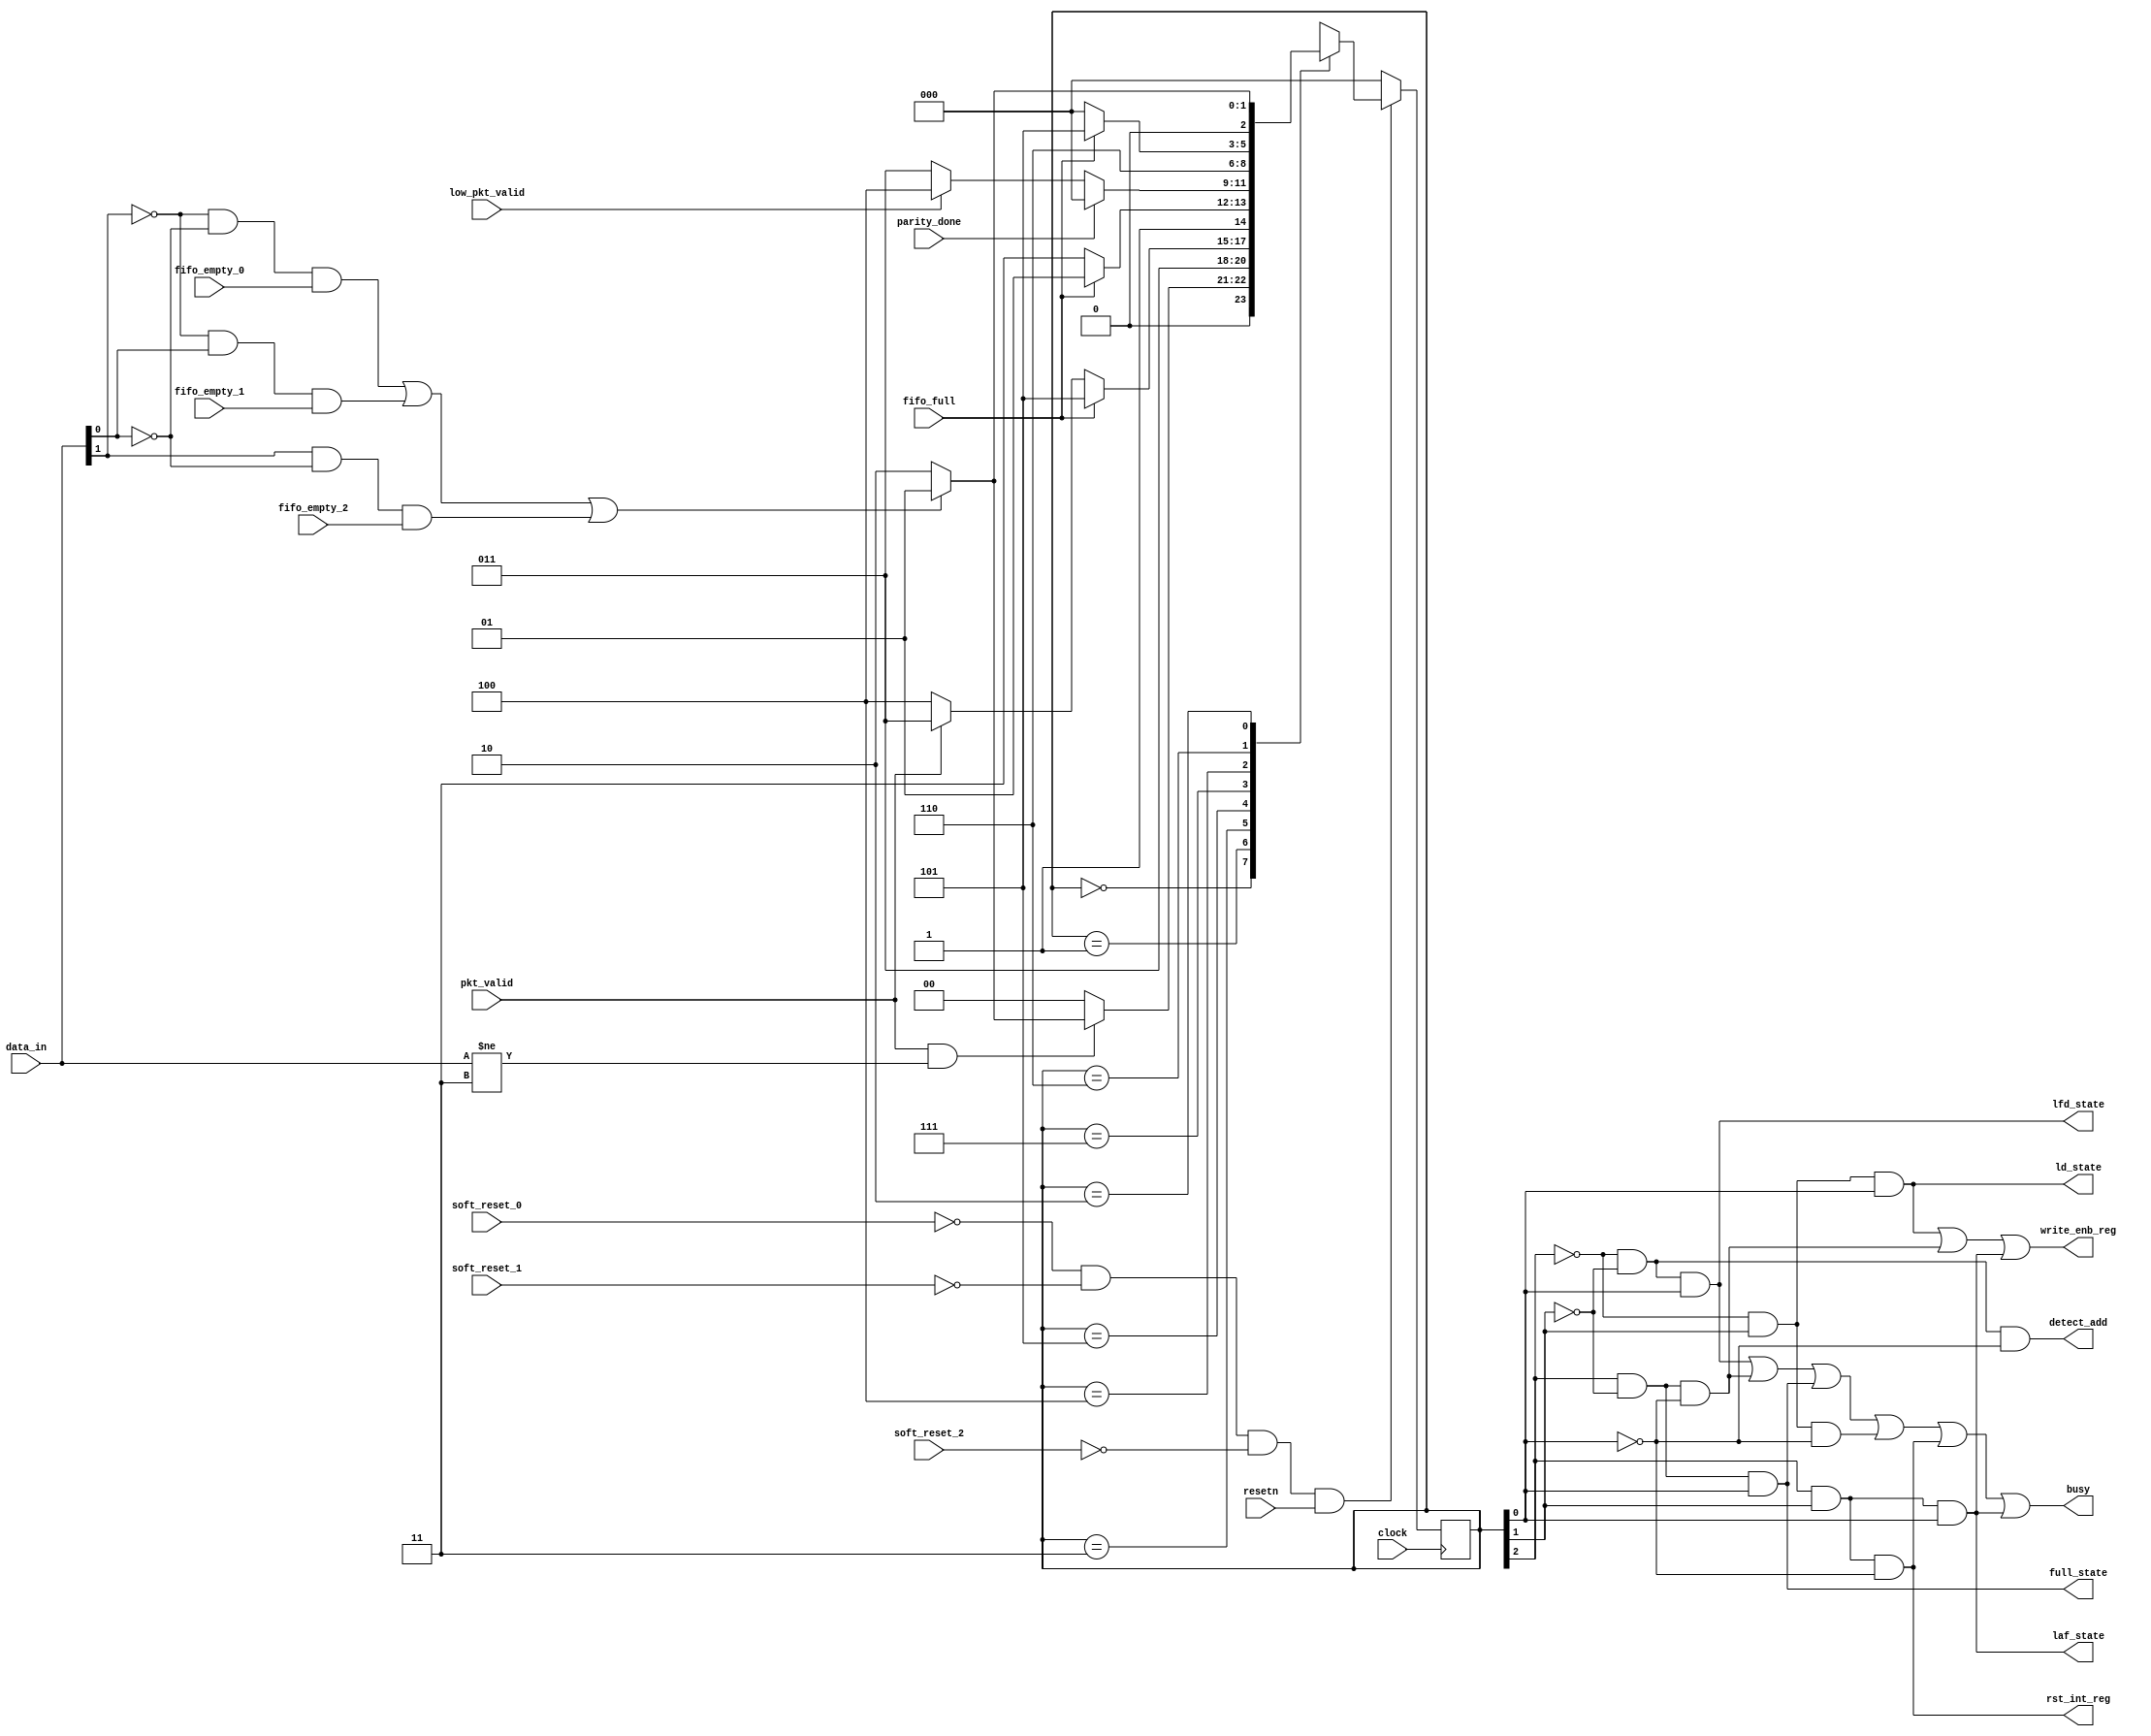
module router_fsm (clock, resetn, pkt_valid, parity_done, data_in, soft_reset_0, soft_reset_1, soft_reset_2,
                    fifo_full, low_pkt_valid, fifo_empty_0, fifo_empty_1, fifo_empty_2,
                    busy, detect_add, ld_state, laf_state, full_state, write_enb_reg,
                    rst_int_reg, lfd_state);
    
parameter DECODE_ADDRESS    = 3'b000,
          LOAD_FIRST_DATA   = 3'b001,
          WAIT_TILL_EMPTY   = 3'b010,
          LOAD_DATA         = 3'b011,
          LOAD_PARITY       = 3'b100,
          FIFO_FULL_STATE   = 3'b101,
          CHECK_PARITY_ERROR= 3'b110,
          LOAD_AFTER_FULL   = 3'b111;
        
input   clock,
        resetn,
        pkt_valid,
        parity_done,
        soft_reset_0,
        soft_reset_1,
        soft_reset_2,
        fifo_full,
        low_pkt_valid,
        fifo_empty_0,
        fifo_empty_1,
        fifo_empty_2;

input [1:0] data_in;

output  busy,
        detect_add,
        ld_state,
        laf_state,
        full_state,
        write_enb_reg,
        rst_int_reg,
        lfd_state;

wire reset;
wire data_in_fifo_full_mux;

assign data_in_fifo_full_mux = (~data_in[1] & ~data_in[0] & fifo_empty_0) |
                                (~data_in[1] & data_in[0] & fifo_empty_1) |
                                (data_in[1] & ~data_in[0] & fifo_empty_2);

assign reset = (~soft_reset_0 & ~soft_reset_1 & ~soft_reset_2 & resetn);

reg [2:0] state = 'dx;

always @(posedge clock) begin
    if(!reset)begin
        state <= DECODE_ADDRESS;
    end
    else begin
        case(state)
            DECODE_ADDRESS  :   begin
                                if(pkt_valid && (data_in != 2'b11)) begin
                                    if(data_in_fifo_full_mux)
                                        state <= LOAD_FIRST_DATA;
                                    else 
                                        state <= WAIT_TILL_EMPTY;
                                end
                                else state <= DECODE_ADDRESS;
                                end

            LOAD_FIRST_DATA :   begin
                                state <= LOAD_DATA;
                                end

            LOAD_DATA       :   begin
                                if(fifo_full)  state <= FIFO_FULL_STATE;
                                else if(!pkt_valid) state <= LOAD_PARITY;
                                else state <= LOAD_DATA;
                                end

            FIFO_FULL_STATE :   begin
                                if(!fifo_full) state <= LOAD_AFTER_FULL;
                                else state <= FIFO_FULL_STATE;
                                end
            
            LOAD_AFTER_FULL :   begin
                                if(!parity_done) begin
                                    if(low_pkt_valid) 
                                        state <= LOAD_PARITY;
                                    else
                                        state <= LOAD_DATA;
                                end
                                else state <= DECODE_ADDRESS;
                                end

            LOAD_PARITY     :   begin
                                state <= CHECK_PARITY_ERROR;
                                end

            CHECK_PARITY_ERROR  : begin
                                  if(fifo_full) state <= FIFO_FULL_STATE;
                                  else state <= DECODE_ADDRESS;
                                  end

            WAIT_TILL_EMPTY :   begin
                                if(data_in_fifo_full_mux) state <= LOAD_FIRST_DATA;
                                else state <= WAIT_TILL_EMPTY;
                                end
            default         :   state <= DECODE_ADDRESS;
        endcase
    end
end

// Combinational Output logic for various control signals depending upon the state
assign detect_add = (~state[2] & ~state[1] & ~state[0]);                    // In DECODE_ADDRESS

assign lfd_state = (~state[2] & ~state[1] & state[0]);                      // In LOAD_FIRST_DATA

assign busy = (~state[2] & ~state[1] & state[0]) |                          // In LOAD_FIRST_DATA
              (state[2] & ~state[1] & ~state[0]) |                          // In LOAD_PARITY
              (state[2] & ~state[1] & state[0])  |                          // In FIFO_FULL_STATE
              (~state[2] & state[1] & ~state[0]) |                          // In WAIT_TILL_EMPTY
              (state[2] & state[1] & ~state[0])  |                          // In CHECK_PARITY_ERROR
              (state[2] & state[1] & state[0]);                             // In LOAD_AFTER_FULL

assign ld_state = (~state[2] & state[1] & state[0]);                       // IN LOAD_DATA    

assign write_enb_reg = (~state[2] & state[1] & state[0]) |                 // In LOAD_DATA
                       (state[2] & ~state[1] & ~state[0]) |                 // IN LOAD_PARITY
                       (state[2] & state[1] & state[0]);                    // In LOAD_AFTER_FULL

assign full_state = (state[2] & ~state[1] & state[0]);                      // In FIFO_FULL_STATE

assign laf_state = (state[2] & state[1] & state[0]);                        // In LOAD_AFTER_FULL

assign rst_int_reg = (state[2] & state[1] & ~state[0]);                     // In CHECK_PARITY_ERROR

endmodule